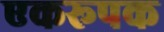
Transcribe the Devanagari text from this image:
एकरूपक